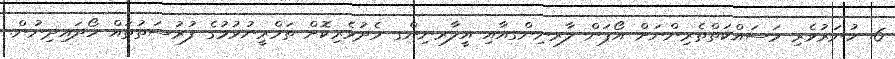
6. ހުނަރުވެރި މަސައްކަތްތެރިންނަށް އޯޕަން ލާރނިންގއާއި އީލާރނިންގ މެދުވެރިކޮށް ތަމްރީނުވުމުގެ ފުރުސަތުތައް ހޯދައިދިނުން.